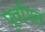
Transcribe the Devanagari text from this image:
पूर्वागत